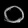
Digit: ၀